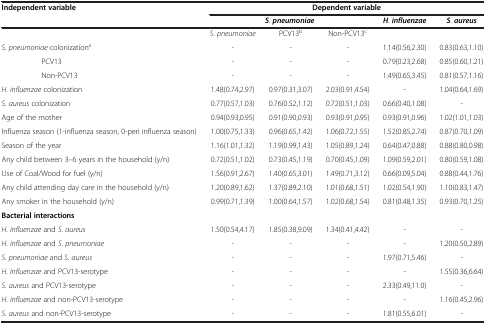
<table><thead><tr><td><b>Independent variable</b></td><td colspan="5"><b>Dependent variable</b></td></tr><tr><td><b> </b></td><td colspan="3"><b><i>S</i>. <i>pneumoniae</i></b></td><td><b><i>H</i>. <i>influenzae</i></b></td><td><b><i>S</i>. <i>aureus</i></b></td></tr></thead><tbody><tr><td> </td><td><i>S</i>. <i>pneumoniae</i></td><td>PCV13<sup>b</sup></td><td>Non-PCV13<sup>c</sup></td><td> </td><td> </td></tr><tr><td><i>S</i>. <i>pneumoniae</i> colonization<sup>a</sup></td><td>-</td><td>-</td><td>-</td><td>1.14(0.56,2.30)</td><td>0.83(0.63,1.10)</td></tr><tr><td>PCV13</td><td>-</td><td>-</td><td>-</td><td>0.79(0.23,2.68)</td><td>0.85(0.60,1.21)</td></tr><tr><td>Non-PCV13</td><td>-</td><td>-</td><td>-</td><td>1.49(0.65,3.45)</td><td>0.81(0.57,1.16)</td></tr><tr><td><i>H</i>. <i>influenzae</i> colonization</td><td>1.48(0.74,2.97)</td><td>0.97(0.31,3.07)</td><td>2.03(0.91,4.54)</td><td>-</td><td>1.04(0.64,1.69)</td></tr><tr><td><i>S</i>. <i>aureus</i> colonization</td><td>0.77(0.57,1.03)</td><td>0.76(0.52,1.12)</td><td>0.72(0.51,1.03)</td><td>0.66(0.40,1.08)</td><td>-</td></tr><tr><td>Age of the mother</td><td>0.94(0.93,0.95)</td><td>0.91(0.90,0.93)</td><td>0.93(0.91,0.95)</td><td>0.93(0.91,0.96)</td><td>1.02(1.01,1.03)</td></tr><tr><td>Influenza season (1-influenza season, 0-peri influenza season)</td><td>1.00(0.75,1.33)</td><td>0.96(0.65,1.42)</td><td>1.06(0.72,1.55)</td><td>1.52(0.85,2.74)</td><td>0.87(0.70,1.09)</td></tr><tr><td>Season of the year</td><td>1.16(1.01,1.32)</td><td>1.19(0.99,1.43)</td><td>1.05(0.89,1.24)</td><td>0.64(0.47,0.88)</td><td>0.88(0.80,0.98)</td></tr><tr><td>Any child between 3–6 years in the household (y/n)</td><td>0.72(0.51,1.02)</td><td>0.73(0.45,1.19)</td><td>0.70(0.45,1.09)</td><td>1.09(0.59,2.01)</td><td>0.80(0.59,1.08)</td></tr><tr><td>Use of Coal/Wood for fuel (y/n)</td><td>1.56(0.91,2.67)</td><td>1.40(0.65,3.01)</td><td>1.49(0.71,3.12)</td><td>0.66(0.09,5.04)</td><td>0.88(0.44,1.76)</td></tr><tr><td>Any child attending day care in the household (y/n)</td><td>1.20(0.89,1.62)</td><td>1.37(0.89,2.10)</td><td>1.01(0.68,1.51)</td><td>1.02(0.54,1.90)</td><td>1.10(0.83,1.47)</td></tr><tr><td>Any smoker in the household (y/n)</td><td>0.99(0.71,1.39)</td><td>1.00(0.64,1.57)</td><td>1.02(0.68,1.54)</td><td>0.81(0.48,1.35)</td><td>0.93(0.70,1.25)</td></tr><tr><td><b>Bacterial interactions</b></td><td> </td><td> </td><td> </td><td> </td><td> </td></tr><tr><td><i>H</i>. <i>influenzae</i> and <i>S</i>. <i>aureus</i></td><td>1.50(0.54,4.17)</td><td>1.85(0.38,9.09)</td><td>1.34(0.41,4.42)</td><td>-</td><td>-</td></tr><tr><td><i>H</i>. <i>influenzae</i> and <i>S</i>. <i>pneumoniae</i></td><td>-</td><td>-</td><td>-</td><td>-</td><td>1.20(0.50,2.89)</td></tr><tr><td><i>S</i>. <i>pneumoniae</i> and <i>S</i>. <i>aureus</i></td><td>-</td><td>-</td><td>-</td><td>1.97(0.71,5.46)</td><td>-</td></tr><tr><td><i>H</i>. <i>influenzae</i> and PCV13-serotype</td><td>-</td><td>-</td><td>-</td><td>-</td><td>1.55(0.36,6.64)</td></tr><tr><td><i>S</i>. <i>aureus</i> and PCV13-serotype</td><td>-</td><td>-</td><td>-</td><td>2.33(0.49,11.0)</td><td>-</td></tr><tr><td><i>H</i>. <i>influenzae</i> and non-PCV13-serotype</td><td>-</td><td>-</td><td>-</td><td>-</td><td>1.16(0.45,2.96)</td></tr><tr><td><i>S</i>. <i>aureus</i> and non-PCV13-serotype</td><td>-</td><td>-</td><td>-</td><td>1.81(0.55,6.01)</td><td>-</td></tr></tbody></table>